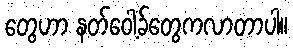
တွေဟာ နတ်ဝေါ့ခ်တွေကလာတာပါ။